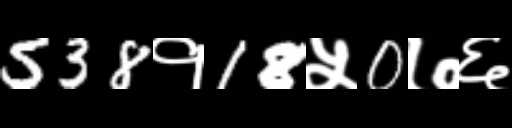
Text: 538१18५0७६